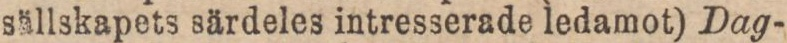
sällskapets särdeles intresserade ledamot) Dag-